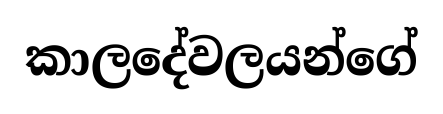
කාලදේවලයන්ගේ